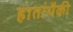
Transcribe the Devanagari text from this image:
हातांपैकी